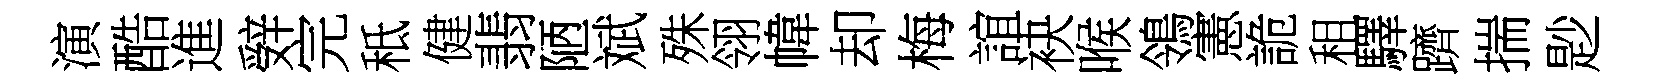
演酷進辤完秪健翡陋斌殊翎幃却梅誼袂喉鴒憲詭租驛躋揣尟